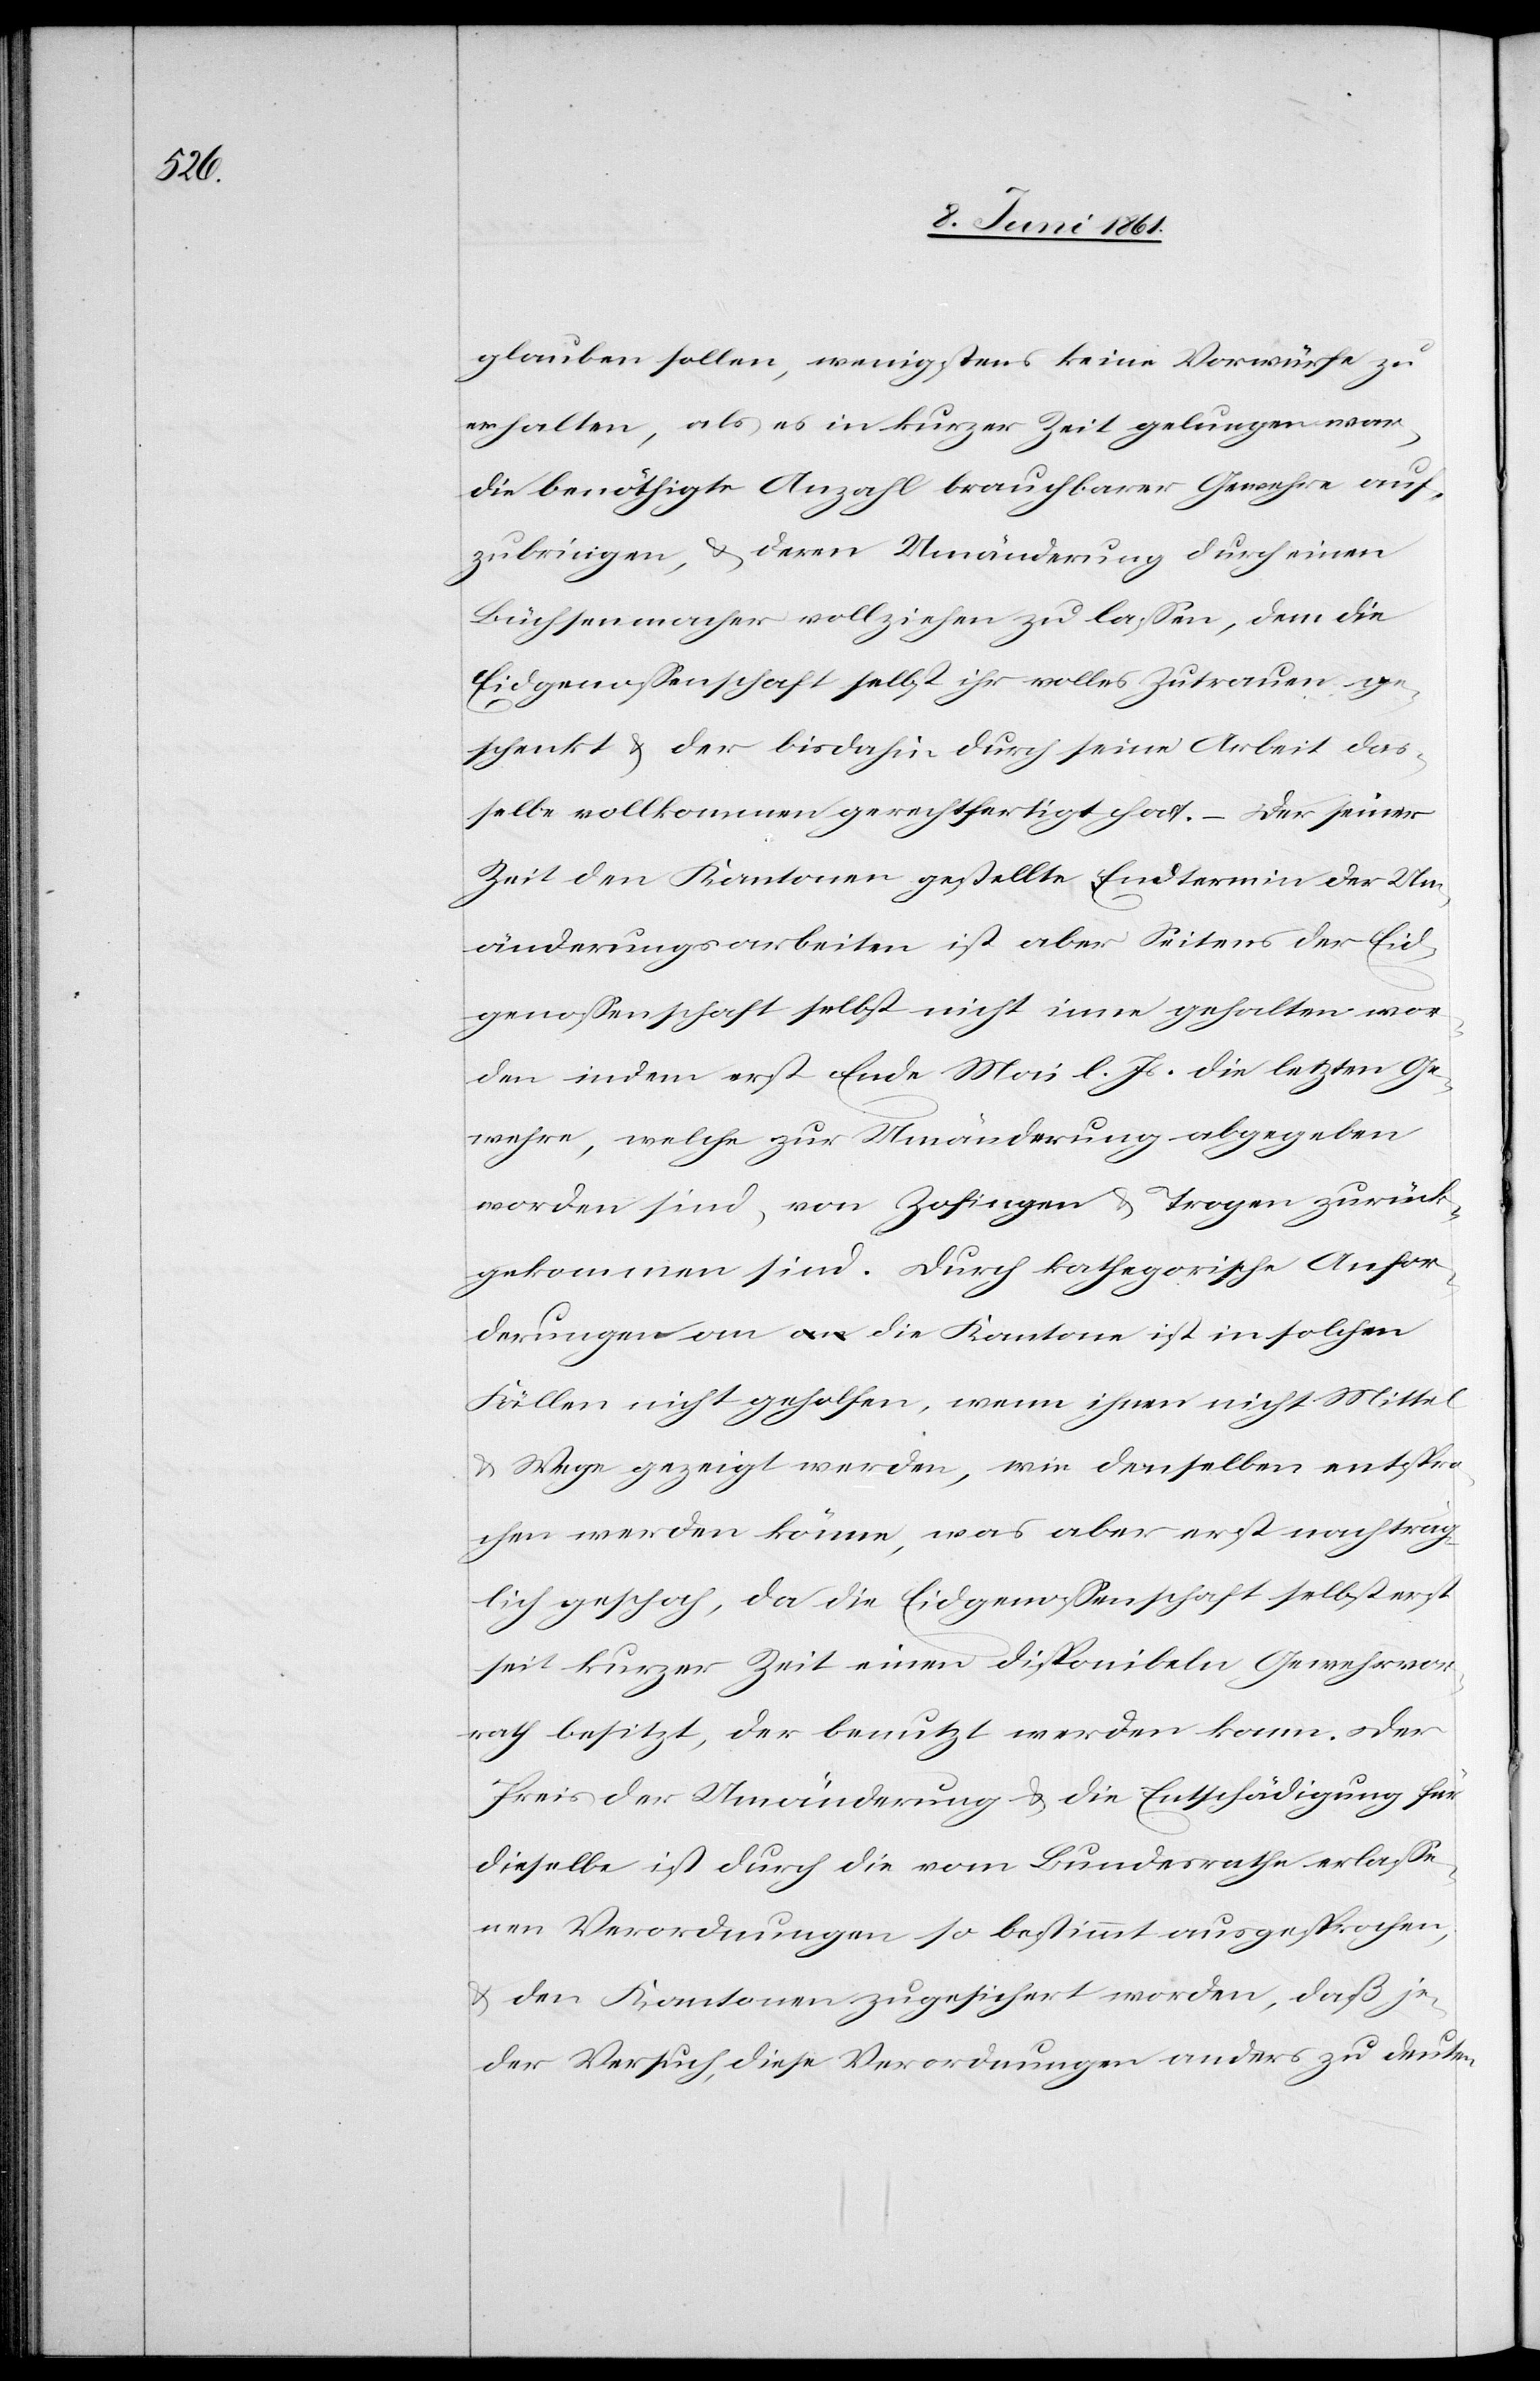
glauben sollen, wenigstens keine Vorwürfe zu
erhalten, als es in kurzer Zeit gelungen war,
die benöthigte Anzahl brauchbarer Gewehre auf¬
zubringen, u. deren Umänderung durch einen
Büchsenmacher vollziehen zu lassen, dem die
Eidgenossenschaft selbst ihr volles Zutrauen ge¬
schenkt u. der bis dahin durch seine Arbeit das¬
selbe vollkommen gerechtfertigt hat. – Der seiner
Zeit den Kantonen gestellte Endtermin der Um¬
änderungsarbeiten ist aber Seitens der Eid¬
genossenschaft selbst nicht inne gehalten wor¬
den indem erst Ende Mai l. Js. die letzten Ge¬
wehre, welche zur Umänderung abgegeben
worden sind, von Zofingen u. Troge zurück¬
gekommen sind. Durch kathegorische Anfor¬
derungen an die Kantone ist in solchen
Fällen nicht geholfen, wenn ihnen nicht Mittel
u. Wege gezeigt werden, wie denselben entspro¬
chen werden könne, was aber erst nachträg¬
lich geschah, da die Eidgenossenschaft selbst erst
seit kurzer Zeit einen disponibeln Gewehrvor¬
rath besitzt, der benutzt werden kann. Der
Preis der Umänderung u. die Entschädigung für
dieselbe ist durch die vom Bundesrathe erlasse¬
nen Verordnungen so bestimmt ausgesprochen,
u. den Kantonen zugesichert worden, daß je¬
der Versuch, diese Verordnungen anders zu deuten